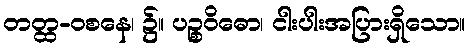
တတ္ထ-ဝစနေ၊ ၌။ ပဉ္စဝိဓော၊ ငါးပါးအပြားရှိသော။